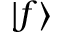
| f \rangle